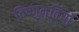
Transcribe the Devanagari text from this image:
विष्णुमूर्तियाँ